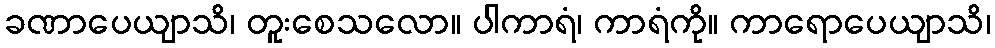
ခဏာပေယျာသိ၊ တူးစေသလော။ ပါကာရံ၊ ကာရံကို။ ကာရောပေယျာသိ၊